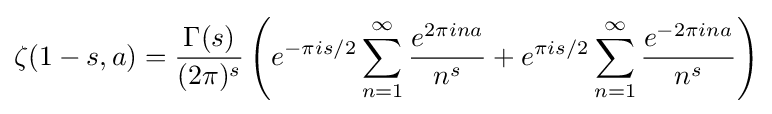
\zeta (1-s,a)={\frac {\Gamma (s)}{(2\pi )^{s}}}\left(e^{-\pi is/2}\sum _{n=1}^{\infty }{\frac {e^{2\pi ina}}{n^{s}}}+e^{\pi is/2}\sum _{n=1}^{\infty }{\frac {e^{-2\pi ina}}{n^{s}}}\right)